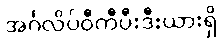
အင်္ဂလိပ်ဝီကီပီးဒီးယားရှိ